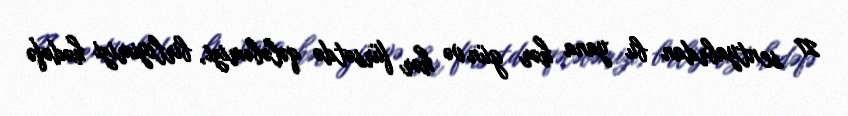
27 sentyabrdan bu yana hər gün və hər fürsətdə qələbəmizi, birliyimizi hədəfə